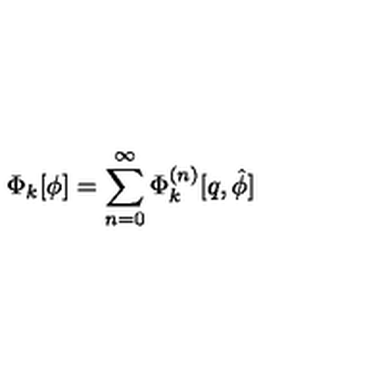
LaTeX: \Phi _ { k } [ \phi ] = \sum _ { n = 0 } ^ { \infty } \Phi _ { k } ^ { ( n ) } [ q , \hat { \phi } ]